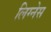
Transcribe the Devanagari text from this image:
लिग्नेस